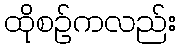
ထိုစဉ်ကလည်း